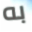
به